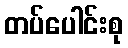
တပ်ပေါင်းစု